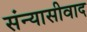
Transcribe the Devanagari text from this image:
संन्यासीवाद